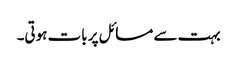
بہت سے مسائل پر بات ہوتی۔